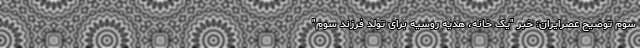
سوم توضیح عصرایران: خبر "یک خانه، هدیه روسیه برای تولد فرزند سوم"